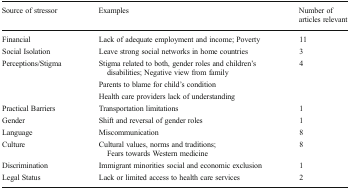
<table><thead><tr><td><b>Source of stressor</b></td><td><b>Examples</b></td><td><b>Number of articles relevant</b></td></tr></thead><tbody><tr><td>Financial</td><td>Lack of adequate employment and income; Poverty</td><td>11</td></tr><tr><td>Social Isolation</td><td>Leave strong social networks in home countries</td><td>3</td></tr><tr><td rowspan="3">Perceptions/Stigma</td><td>Stigma related to both, gender roles and children’s disabilities; Negative view from family</td><td rowspan="3">4</td></tr><tr><td>Parents to blame for child’s condition</td></tr><tr><td>Health care providers lack of understanding</td></tr><tr><td>Practical Barriers</td><td>Transportation limitations</td><td>1</td></tr><tr><td>Gender</td><td>Shift and reversal of gender roles</td><td>1</td></tr><tr><td>Language</td><td>Miscommunication</td><td>8</td></tr><tr><td>Culture</td><td>Cultural values, norms and traditions; Fears towards Western medicine</td><td>8</td></tr><tr><td>Discrimination</td><td>Immigrant minorities social and economic exclusion</td><td>1</td></tr><tr><td>Legal Status</td><td>Lack or limited access to health care services</td><td>2</td></tr></tbody></table>